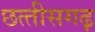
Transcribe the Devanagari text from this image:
छत्‍तीसगढ़़